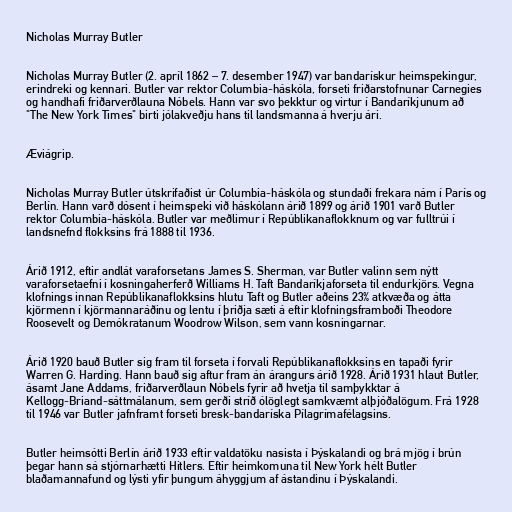
Nicholas Murray Butler

Nicholas Murray Butler (2. apríl 1862 – 7. desember 1947) var bandarískur heimspekingur,
erindreki og kennari. Butler var rektor Columbia-háskóla, forseti friðarstofnunar Carnegies
og handhafi friðarverðlauna Nóbels. Hann var svo þekktur og virtur í Bandaríkjunum að
"The New York Times" birti jólakveðju hans til landsmanna á hverju ári.

Æviágrip.

Nicholas Murray Butler útskrifaðist úr Columbia-háskóla og stundaði frekara nám í París og
Berlín. Hann varð dósent í heimspeki við háskólann árið 1899 og árið 1901 varð Butler
rektor Columbia-háskóla. Butler var meðlimur í Repúblikanaflokknum og var fulltrúi í
landsnefnd flokksins frá 1888 til 1936.

Árið 1912, eftir andlát varaforsetans James S. Sherman, var Butler valinn sem nýtt
varaforsetaefni í kosningaherferð Williams H. Taft Bandaríkjaforseta til endurkjörs. Vegna
klofnings innan Repúblikanaflokksins hlutu Taft og Butler aðeins 23% atkvæða og átta
kjörmenn í kjörmannaráðinu og lentu í þriðja sæti á eftir klofningsframboði Theodore
Roosevelt og Demókratanum Woodrow Wilson, sem vann kosningarnar.

Árið 1920 bauð Butler sig fram til forseta í forvali Repúblikanaflokksins en tapaði fyrir
Warren G. Harding. Hann bauð sig aftur fram án árangurs árið 1928. Árið 1931 hlaut Butler,
ásamt Jane Addams, friðarverðlaun Nóbels fyrir að hvetja til samþykktar á
Kellogg-Briand-sáttmálanum, sem gerði stríð ólöglegt samkvæmt alþjóðalögum. Frá 1928
til 1946 var Butler jafnframt forseti bresk-bandaríska Pílagrímafélagsins.

Butler heimsótti Berlín árið 1933 eftir valdatöku nasista í Þýskalandi og brá mjög í brún
þegar hann sá stjórnarhætti Hitlers. Eftir heimkomuna til New York hélt Butler
blaðamannafund og lýsti yfir þungum áhyggjum af ástandinu í Þýskalandi.